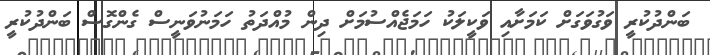
ބަންދުކުރީ ވަގުވަގަށް ކަަމަށާއި ވަކީލަކު ހަމަޖެއްސުމަށް ދިން މުއްދަތު ހަމަނުވަނީސް ގެންގޮސް ބަންދުކުރީ